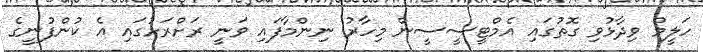
ހަލީމް ވިދާޅުވި ގޮތުގައި އެމްޓީސީސީން މިހާރު ނިންމާފައި ވަނީ ރަށްރަށުގައި އެ ކުންފުނީގެ